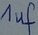
Text: 1µf